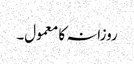
روزانہ کا معمول۔